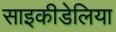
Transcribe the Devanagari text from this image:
साइकीडेलिया